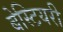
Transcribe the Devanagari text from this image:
बेस्टियरी